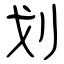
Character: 划